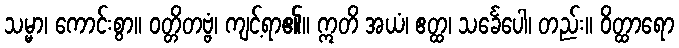
သမ္မာ၊ ကောင်းစွာ။ ဝတ္တိတဗ္ဗံ၊ ကျင့်ရာ၏။ ဣတိ အယံ၊ ဧတ္ထ၊ သင်္ခေပေါ၊ တည်း။ ဝိတ္ထာရော